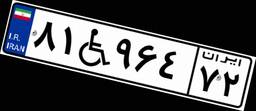
۸۱W۹۶۴۷۲